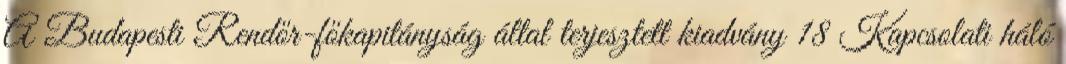
A Budapesti Rendőr-főkapitányság által terjesztett kiadvány 18 Kapcsolati háló